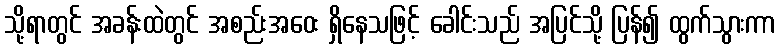
သို့ရာတွင် အခန်းထဲတွင် အစည်းအဝေး ရှိနေသဖြင့် ခေါင်းသည် အပြင်သို့ ပြန်၍ ထွက်သွားကာ